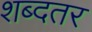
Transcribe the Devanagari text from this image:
शब्दतर